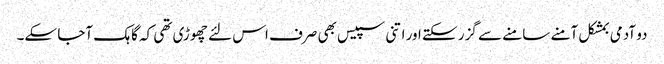
دو آدمی بمشکل آمنے سامنے سے گزر سکتے اور اتنی سپیس بھی صرف اس لئے چھوڑی تھی کہ گاہک آجا سکے۔